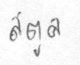
สตูล